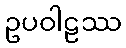
ဥပဝါဠဿ